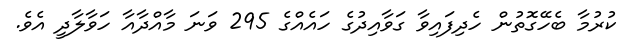
ކުރުމާ ބެހޭގޮތުން ހެދިފައިވާ ގަވާއިދުގެ ހައެއްގެ 295 ވަނަ މާއްދާއާ ހަވާލާދީ އެވެ.